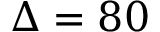
\Delta = 8 0